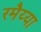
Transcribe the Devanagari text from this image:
रमैय्या